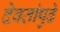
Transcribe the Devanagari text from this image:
देवतांपुढे